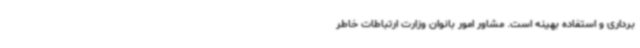
‌برداری و استفاده بهینه است. مشاور امور بانوان وزارت ارتباطات خاطر